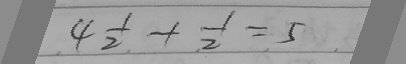
4 \frac { 1 } { 2 } + \frac { 1 } { 2 } = 5